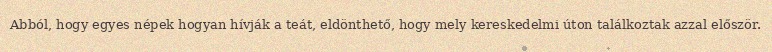
Abból, hogy egyes népek hogyan hívják a teát, eldönthető, hogy mely kereskedelmi úton találkoztak azzal először.